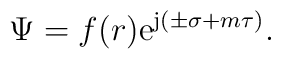
\Psi = f(r) \mathrm{e}^{\mathrm{j} (\pm  \sigma +  m \tau )}.